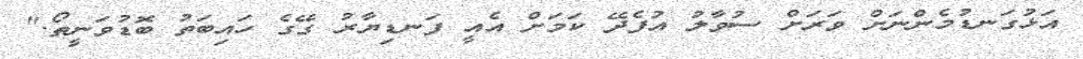
އަޅުގަނޑުމެންނަށް ވަރަށް ސުވާލު އުފެދޭ ކަމަށް އެއީ ފަނޑިޔާރު ގޭގެ ހައިބަތު ބޮޑުވަނީތޯ."